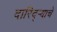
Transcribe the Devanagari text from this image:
दारिद्‌ऱ्याचे